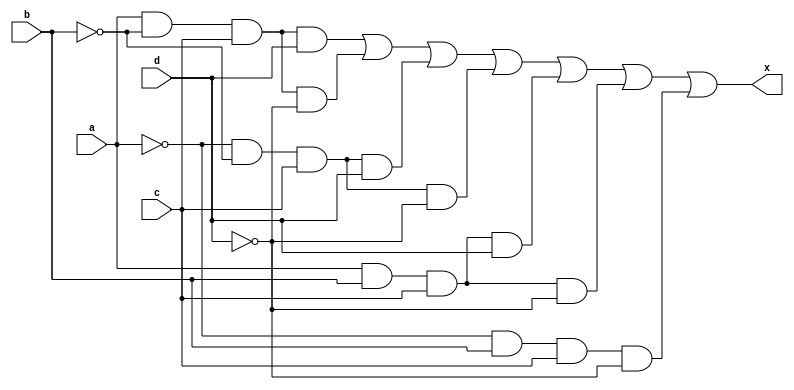
/*
X=B'C+ACD+CD'

X1=B'C(A+A')(D+D')
X1=AB'CD+AB'CD'+A'B'CD+A'B'CD'

X2=ACD(B+B')
X2=ABCD+AB'CD

X3=CD'(A+A')(B+B')
X3=ABCD'+AB'CD'+A'BCD'+A'B'CD'

X=AB'CD+AB'CD'+A'B'CD+A'B'CD'+ABCD+ABCD'+A'BCD'

*/

module lab1_sop(x,a,b,c,d);
input a,b,c,d;
output x;

wire not_a;
wire not_b;
wire not_c;
wire not_d;

wire exp1;
wire exp2;
wire exp3;
wire exp4;
wire exp5;
wire exp6;
wire exp7;

not(not_a,a);
not(not_b,b);
not(not_c,c);
not(not_d,d);

and(exp1,a,not_b,c,d);
and(exp2,a,not_b,c,not_d);
and(exp3,not_a,not_b,c,d);
and(exp4,not_a,not_b,c,not_d);
and(exp5,a,b,c,d);
and(exp6,a,b,c,not_d);
and(exp7,not_a,b,c,not_d);

or(x,exp1,exp2,exp3,exp4,exp5,exp6,exp7);
endmodule